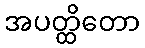
အပတ္ထိတော